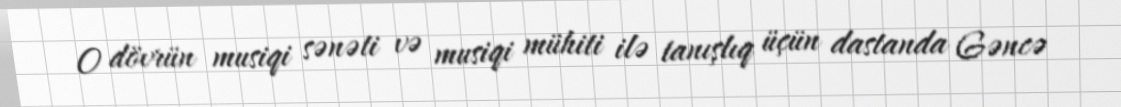
O dövrün musiqi sənəti və musiqi mühiti ilə tanışlıq üçün dastanda Gəncə